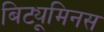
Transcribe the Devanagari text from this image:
बिट्यूमिनस